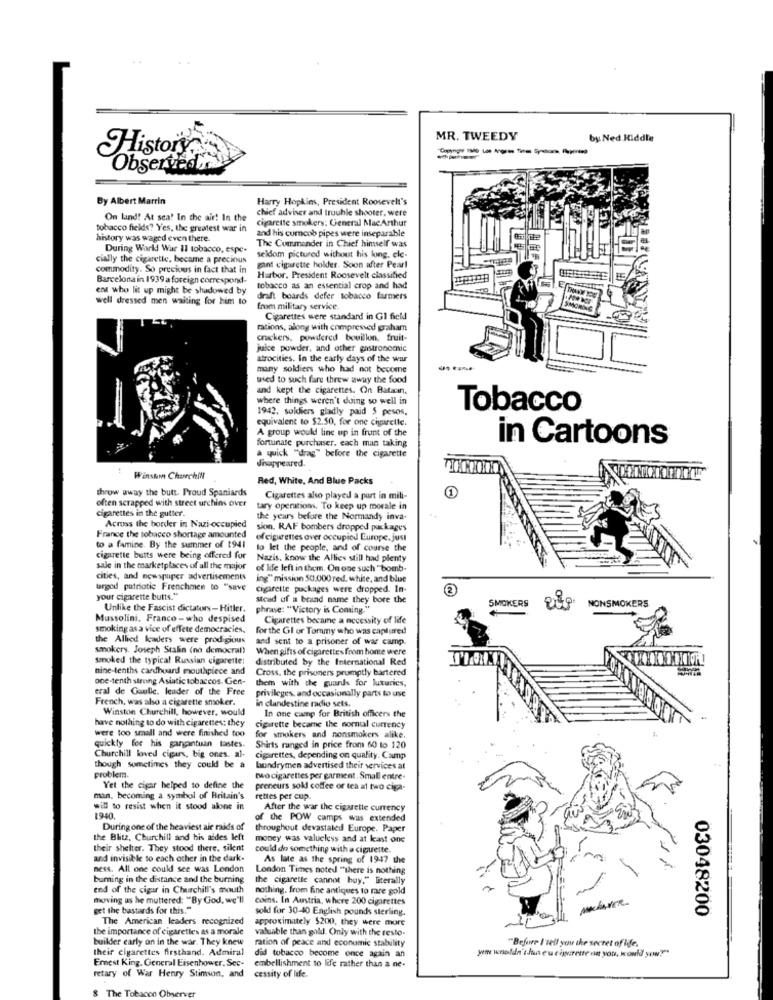
MR. TWEEDY
by Ned Kiddle
History
Observedin
By Albert Marrin
Harry Hopkins, President Roosevelt's
chief adviser and trouble shooter. were
On land! At sea! In the air! In the
Cigarette smokers: General MacArthur
tobacco fields? Yes, the greatest war in
and his corncob pipes were inseparable
history was waged even there.
The Commander in Chief himself was
During World War 11 tobacco, espe-
cially the cigarette, became a precious
gant cigarette holder. Soon after Pearl
seldom pictured without his long, ele-
commodity. So precious in fact that in
Barcelona in 1939 a foreign correspond.
Harbor. President Roosevelt classified
ent who lit up might be shadowed by
tobacco as an essential crop and had
well dressed men waiting for him to
draft boards defer tobacco farmers
from military service.
Cigarettes were standard in Gl field
rations, along with compressed graham
onickers, powdered bouillon, fruit-
juice powder, and other gastronomic
atrocities. In the early days of the wur
many soldiers who had not become
used to such fare threw away the food
and kept the cigarettes. On Batain.
where things weren't doing so well in
1942, soldiers gladly paid $ pesos.
Tobacco
equivalent to $2.50, for one cigarette.
A group would line up in front of the
fortunate purchaser. each man taking
in Cartoons
a quick ""drag" before the cigarette
disappeared.
Winston Churchill
Red, White, And Blue Packs
throw away the butt. Proud Spaniards
often scrapped with street urchins over
Cigarettes also played a part in mili-
cigarettes in the gutter.
tary operations. To keep up morale in
the years before the Normandy inva-
Across the border in Nazi-occupied
sion. RAF bombers dropped packages
France the tobacco shortage amounted
of cigarettes over occupied Europe. just
to a famine. By the summer of 1941
to let the people, and of course the
cigarette butts were being offered for
Nazis, know the Allies still had plenty
sale in the marketplaces of all the major
of life left in them. On one such " bomb-
cities, and newspuper advertisements
ing" mission 50.000 red, white, and blue
targed patriotic Frenchmen to "save
cigarette puckages were dropped. In-
your cigarette butts."
stead of a brand name they bore the
SMOKERS
NONSMOKERS
Unlike the Fascist dictators-Hitler. phrase: "Victory is Coming."
Mussolini. Franco- who despised
Cigarettes became a necessity of life
smoking as a vice of effete democracies,
for the Gl or Tommy who was captured
the Allied leaders were prodigious
and sent to a prisoner of war camp.
smokery. Joseph Stalin (no democral)
When gifts of cigarettes from honte were
smoked the typical Russian cigarette:
distributed by the International Red
nine-tenths cardhuard mouthpiece and
Cross, the prisoners promptly bartered
one-tenth strong Asiatic tobaccos- Gen-
them with the guards for luxuries,
eral de Gaulle. leader of the Free
privileges, and occasionally parts to use
French, was also a cigarette smoker.
in clandestine radio sets.
Winston Churchill, however, would
have nothing to do with cigarettes: they
In one camp for British officers the
were too small and were finished too
cigarette became the normal currency
for smokers and nonsmokers alike.
quickly for his ganantuin tastes.
Shirts ranged in price from 60 to 120
Churchill kwved cigurs, big ones. al-
cigarettes, depending on quality. Camp
though sometimes they could be a
bondrymen advertised their services at
problem.
two cigarettes per garment. Small entre-
Yet the cigar helped to define the
preneurs sold coffee or tea at two ciga-
man. becoming a symbol of Britain's
rettes per cup.
will to resist when it stood alone in
After the war the cigarette currency
1940.
of the POW camps was extended
Duringone of the heaviest air raids of
throughout devastated Europe. Paper
the Blitz, Churchill and his aides left
money was valueless and at kast one
their shelter. They stood there. silent
could do something with a ciguette.
and invisible to each other in the dark-
As late as the spring of 1947 the
ness. All one could see was London
London Times noted ""there is nothing
burning in the distance and the burning
the cigarette cannot buy." literally
end of the cigar in Churchill's mouth
nothing, from fine antiques to rare gold
moving us he muttered: "By God, we'll
coins. In Austria, where 200 cigarettes
get the bastards for this."
sold for 30-40 English pounds sterling.
03048200
The American leaders recognized
approximately $200, they were more
the importance of cigarettes as a morale
valuable than goldl. Only with the resto.
builder early on in the war. They knew
ration of peace and economic stability
their cigarettes firsthand. Admiral
did tobacco become once again an
"Before I'tell you the secret of life.
Ernest King, General Eisenhower. Sec-
wm wouldn't fun eu cigarette nin you, Honeld you!"
embellishment to life rather than a ne-
retary of War Henry Stimson, and
cessity of life.
& The Tobacco Observer